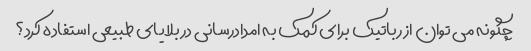
چگونه می توان از رباتیک برای کمک به امدادرسانی در بلایای طبیعی استفاده کرد؟